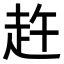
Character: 𧺴